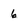
Character: 6